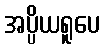
အပ္ပိယရူပေ